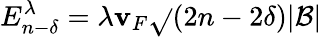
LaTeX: E_{n-\delta}^{\lambda}=\lambda\mathbf{v}_{F}\sqrt{}{{(2n-2\delta)|\mathcal{{B}}|}}